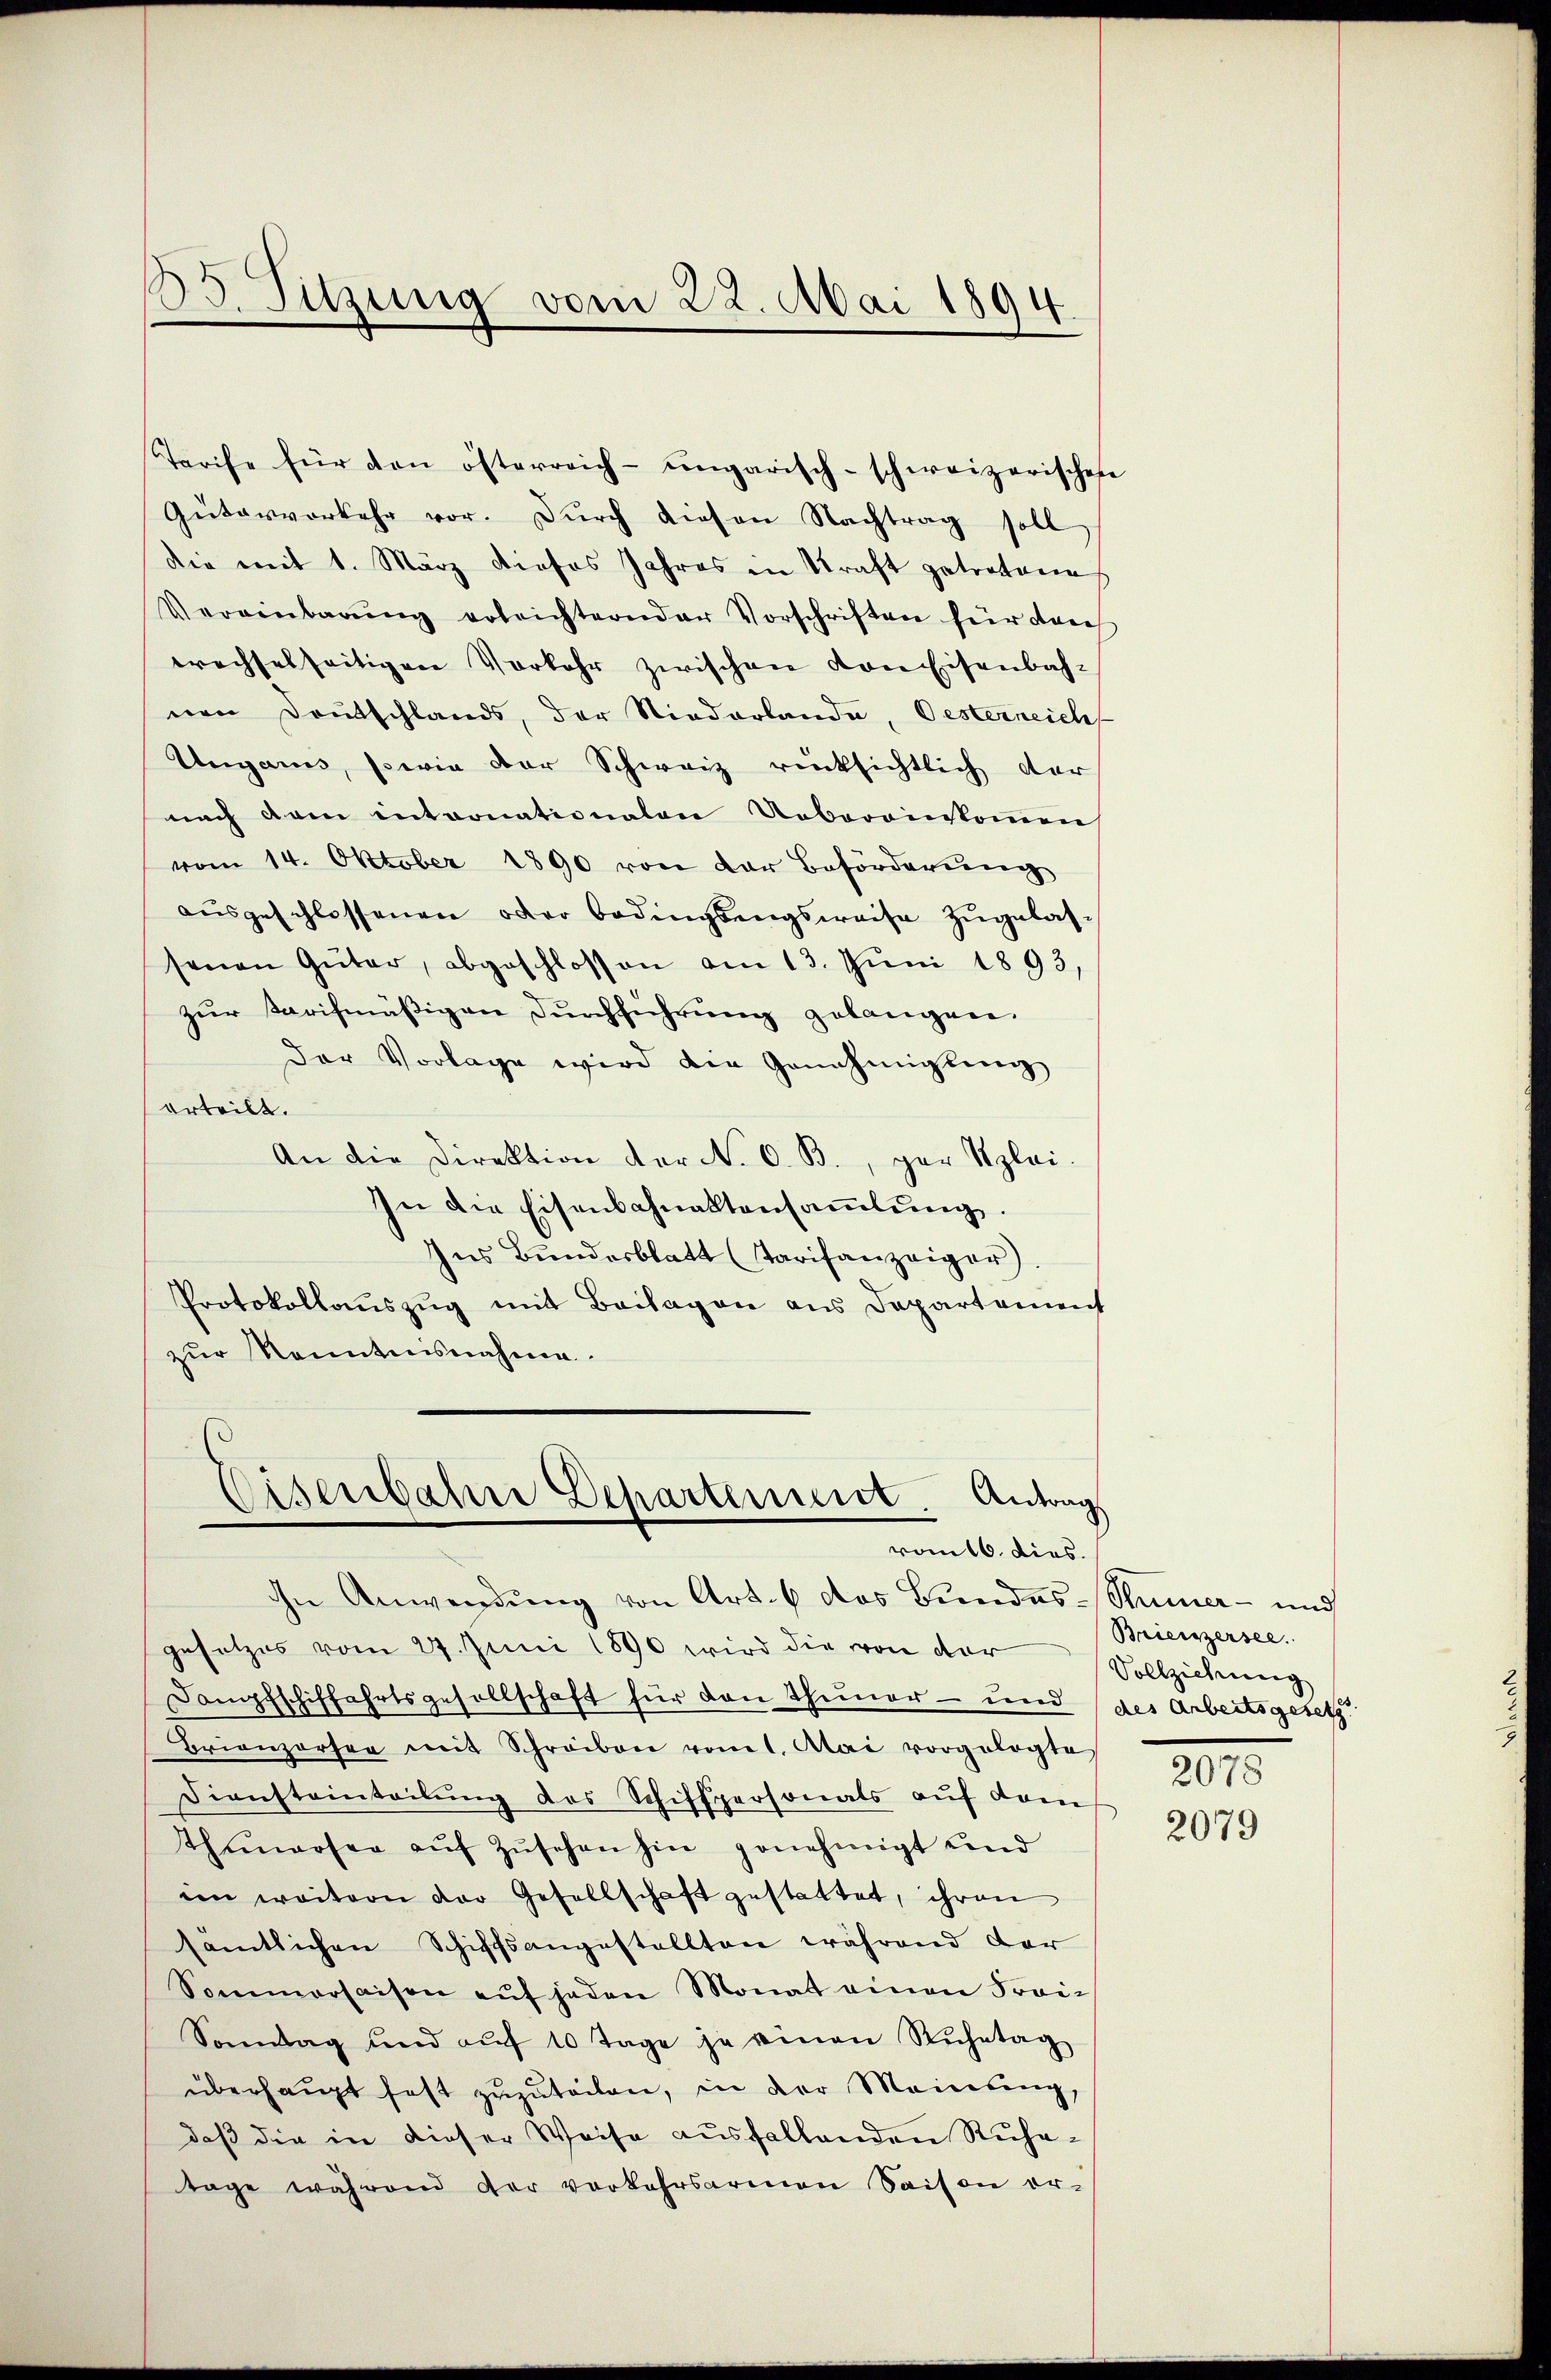
33. Sitzung vom 22. Mai 1894

Tarife für den österreich-ungarisch-schweizerisches
Gütervorkehr vor. Durch diesen Nachtrag soll
die mit 1. März dieses Jahres in Kraft getretene
Vereinbarŭng erleichternder Vorschriften für dan
wachselseitigen Vorkehr zwischen von Eisenbahnen Deutschlands, der Niederlande, Oesterneich
Ungaris, sowie der Schweiz rücksichtlich der
nach dem entronationalen Uebereinskommen
vom 14. Oktober 1890 von der Beförderung
ausgeschlossenen oder Bedingsungsweise zugelassenen Güter, abgeschlossen am 13. Juni 1893
zur Tarifmäßigen Durchführung gelangen.
der Vorlage wird die Genehmigung
erteilt.
An die Direktion der No. 6. B., gar Szlei.
In die Eisenbahnaktensammlung.
Ins Bundesblatt (Tarifanzeiger
Protokollauszug mit Beilagen aus Departement
zŭr Kenntnisnahme.
Eisenbahn Dchartement Antrag
vom 16. dies.
ihre Anwendung von Art. 6 das Bundes-Stümer- und
gesetzes vom 24. Juni 1890 wird die von der
Dampfschiffahrtsgesellschaft für den Thuner- und (des Arbeitsgesetz
Brionzorsee mit Schreiben vom 1. Atai vorgelegte
Diensteinteilŭng des Schifspersonals aŭf dem
Thunersee aŭf Zŭsehen hin genehmigt und
im weitern der Gesellschaft gestattet, ihren
sämtlichen Schiffsangestellten während der
Sommersaison aŭf jeden Monat einen Frai-
Sonntag und aŭf 10 Tage je einen Ruhetag
überhaŭpt fest zŭzŭteilen, in der Meinung,
daß die in dieser Weise ausfallenden Ruhetage während der verkehrsarmen Saison er-

e

Brieiszersee.
Vollziehung
2078

2079